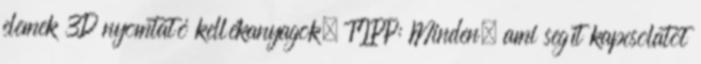
elemek 3D nyomtató kellékanyagok, TIPP: Minden, ami segít kapcsolatot